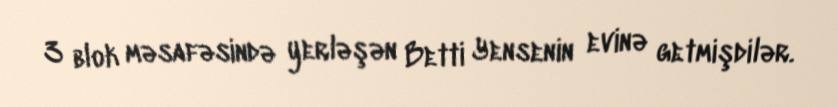
3 blok məsafəsində yerləşən Betti Yensenin evinə getmişdilər.